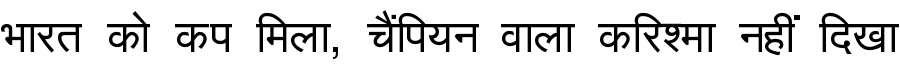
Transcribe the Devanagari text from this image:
भारत को कप मिला, चैंपियन वाला करिश्मा नहीं दिखा